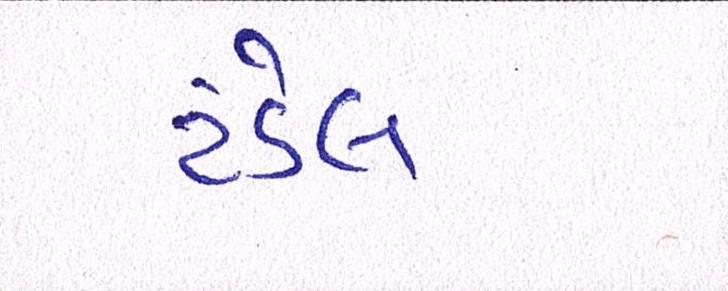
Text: ટંડેલ